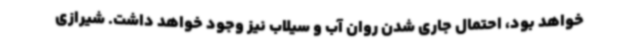
خواهد بود، احتمال جاری شدن روان آب و سیلاب نیز وجود خواهد داشت. شیرازی